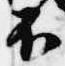
不